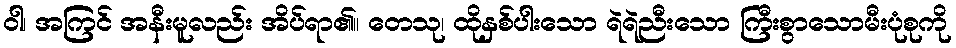
ဝါ၊ အကြင် အနီးမူလည်း အိပ်ရာ၏။ တေသု၊ ထိုနှစ်ပါးသော ရဲရဲညီးသော ကြီးစွာသောမီးပုံစုကို